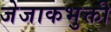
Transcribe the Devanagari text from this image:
जेजाकभुक्ती